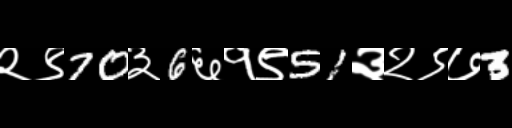
Text: २९70३6६१९51३२९७3